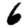
Digit: 6